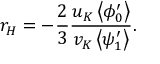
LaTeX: r _ { H } = - \frac { 2 } { 3 } \frac { u _ { K } \left< \phi _ { 0 } ^ { \prime } \right> } { v _ { K } \left< \psi _ { 1 } ^ { \prime } \right> } .